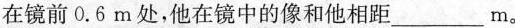
在镜前0.6m处，他在镜中的像和他相距___m。